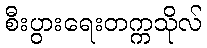
စီးပွားရေးတက္ကသိုလ်